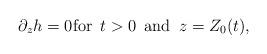
LaTeX: \begin{align*}\partial_z h = 0 \mbox{for } \, t > 0 \, \mbox{ and } \, z = Z_0(t),\end{align*}